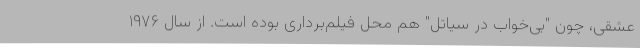
عشقی، چون "بی‌خواب در سیاتل" هم محل فیلم‌برداری بوده است. از سال ۱۹۷۶